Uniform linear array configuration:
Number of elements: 64
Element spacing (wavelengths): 0.5
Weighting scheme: uniform
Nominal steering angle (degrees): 30
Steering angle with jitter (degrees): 29.742
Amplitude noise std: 0.05
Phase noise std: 0.05

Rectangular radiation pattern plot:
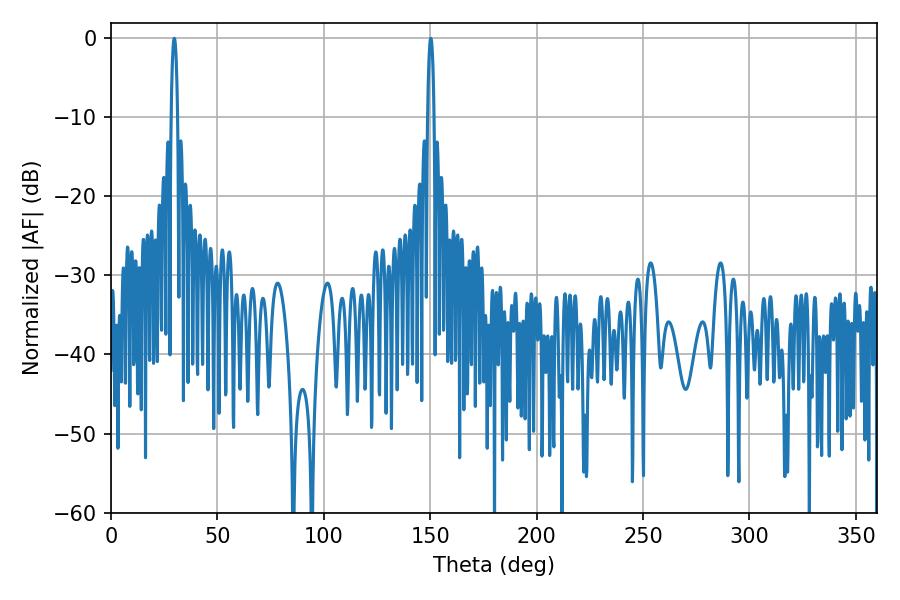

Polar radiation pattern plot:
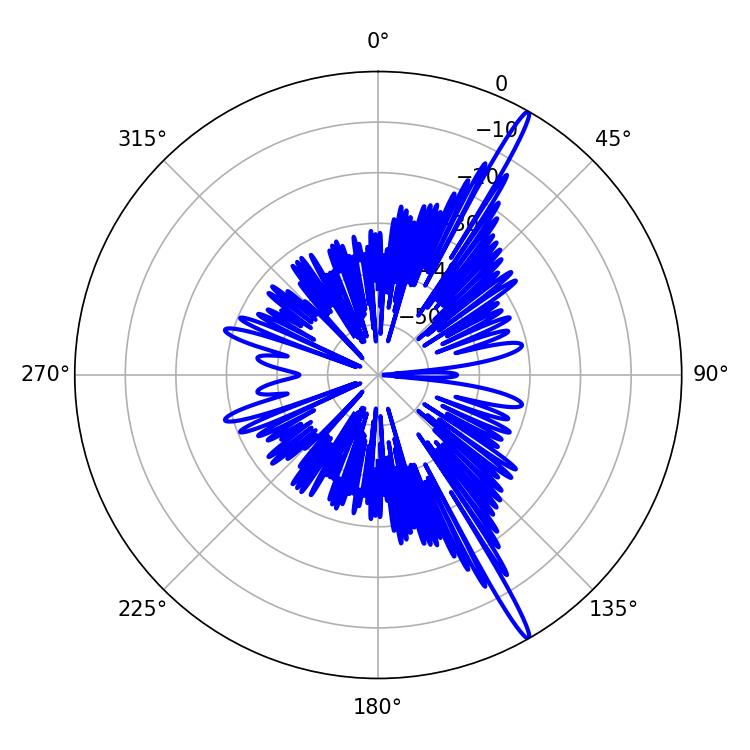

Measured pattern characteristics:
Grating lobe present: FALSE
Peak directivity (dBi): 17.521
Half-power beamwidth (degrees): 1.62
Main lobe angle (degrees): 29.7